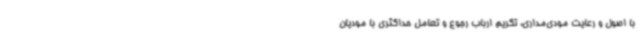
با اصول و رعایت مودی‌مداری، تکریم ارباب رجوع و تعامل حداکثری با مودیان